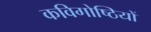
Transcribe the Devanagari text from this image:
कविगोष्ठियों